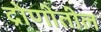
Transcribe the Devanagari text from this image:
द्रोणीतील